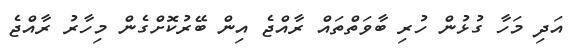
އަދި މަހާ ގުޅުން ހުރި ބާވަތްތައް ރާއްޖެ އިން ބޭރުކޮށްގެން މިހާރު ރާއްޖެ